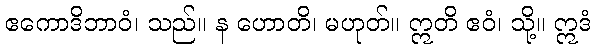
ဧကောဒိဘာဝံ၊ သည်။ န ဟောတိ၊ မဟုတ်။ ဣတိ ဧဝံ၊ သို့။ ဣဒံ